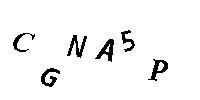
CGNA5P